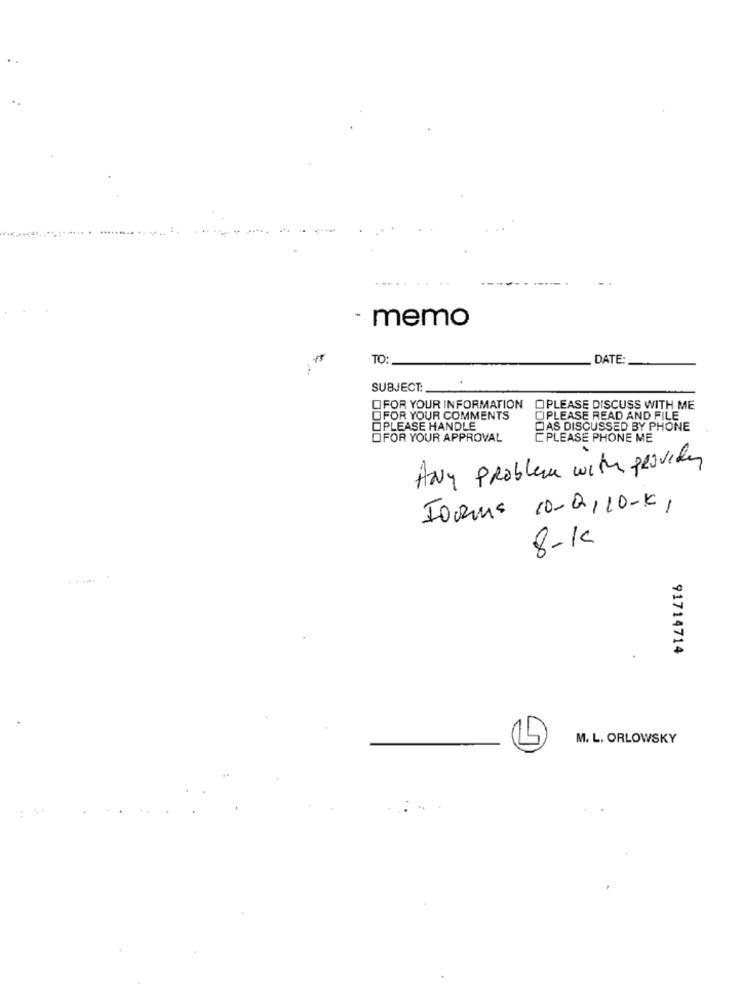
memo
TO :_
DATE:
SUBJECT:
OFOR YOUR INFORMATION OPLEASE DISCUSS WITH ME
OFOR YOUR COMMENTS
CIPLEASE READ AND FILE
OPLEASE HANDLE
DAS DISCUSSED BY PHONE
DFOR YOUR APPROVAL
PLEASE PHONE ME
ANY Problem with provide
FORMS 10-Q,10-K,
8-10
91714714
M. L. ORLOWSKY
-
: **